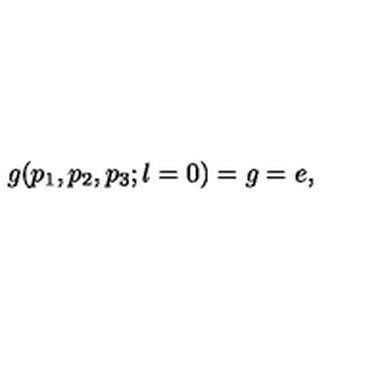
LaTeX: g ( p _ { 1 } , p _ { 2 } , p _ { 3 } ; l = 0 ) = g = e ,